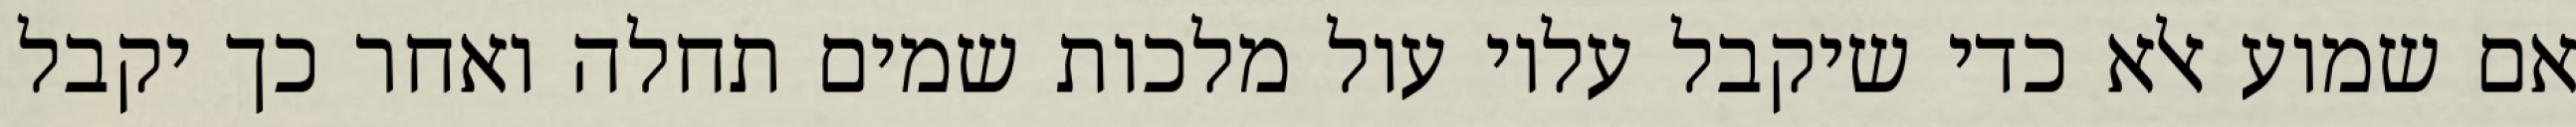
אם שמוע אלא כדי שיקבל עליו עול מלכות שמים תחלה ואחר כך יקבל